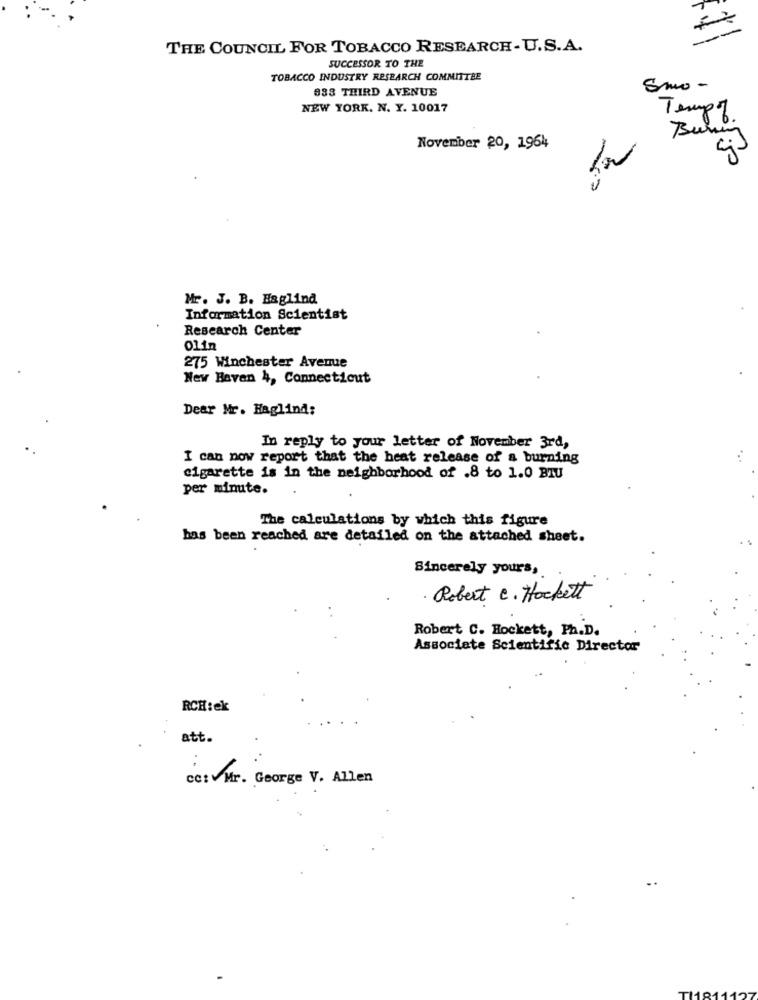
THE COUNCIL FOR TOBACCO RESEARCH-U.S.A.
SUCCESSOR TO THE
TOBACCO INDUSTRY RESEARCH COMMITTEE
938 THIRD AVENUE
Smo-
NEW YORK. N. Y. 10017
Temp of
November 20, 1964
Mr. J. B. Esglind
Information Scientist
Research Center
Olin
275 Winchester Avenue
New Haven 4, Connecticut
Dear Mr. Haglind:
In reply to your letter of November 3rd,
I can now report that the heat release of a burning
...
cigarette is in the neighborhood of .8 to 1.0 BIU
per minute.
The calculations by which this figure
has been reached are detailed on the attached sheet.
Sincerely yours,
· Robert e. Hockett
Robert C. Hockett, Ph.D.
Associate Scientific Director
RCH: ek
att.
cc: Mr. George V. Allen